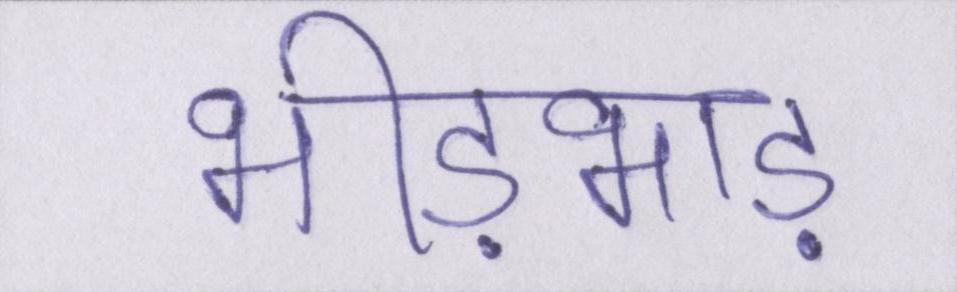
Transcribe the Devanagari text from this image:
भीड़भाड़